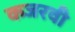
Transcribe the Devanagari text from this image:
कजरवी